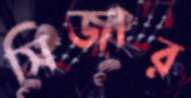
সিজার